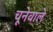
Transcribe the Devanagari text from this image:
चूनेवाले